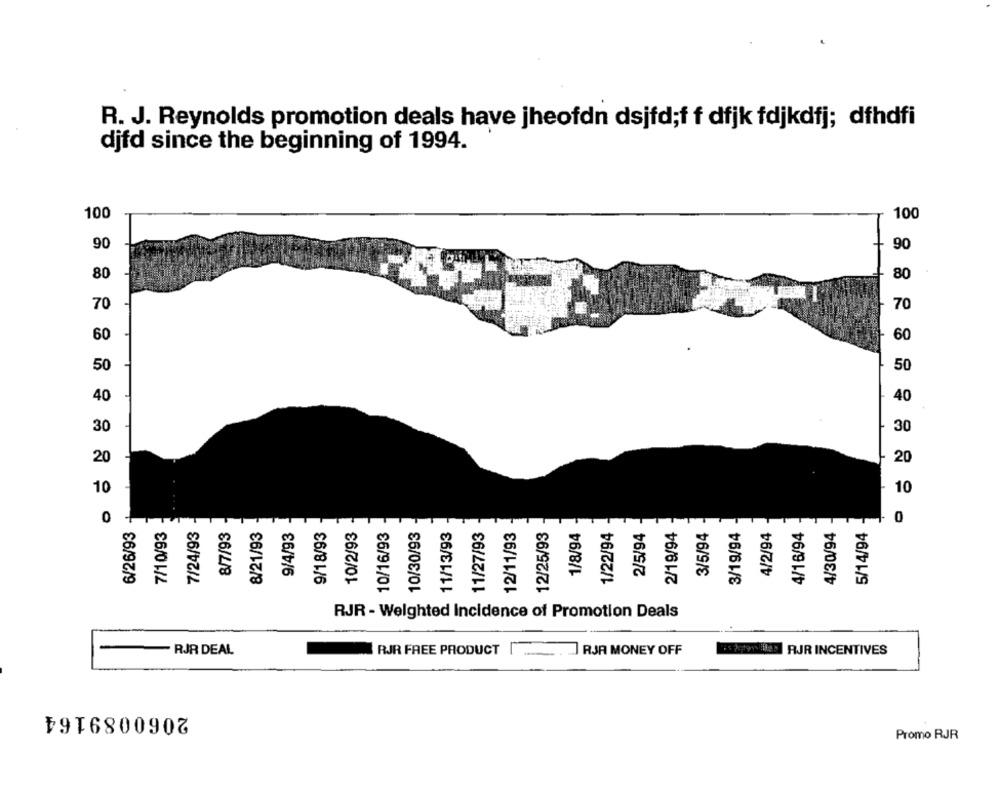
R. J. Reynolds promotion deals have jheofdn dsjfd;f f dfjk fdjkdfj; dfhdfi
djfd since the beginning of 1994.
100
100
++
90
90
80
80
70
70
60
60
50
50
40
40
30
30
20
20
10
10
6/26/93
7/10/93
3/19/94
0
7/24/93
8/7/93
8/21/93
9/4/93
9/18/93
10/2/93
10/16/93
10/30/93
11/13/93
11/27/93
12/11/93
12/25/93
1/8/94
1/22/94
2/5/94
2/19/94
3/5/94
4/2/94
4/16/94
4/30/94
5/14/94
RJR - Weighted Incidence of Promotion Deals
- RJR DEAL
RJR FREE PRODUCT | ..... . ] RJA MONEY OFF
ESPONEEN RJR INCENTIVES
2060089164
Promo RJR